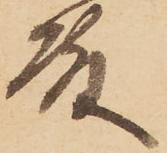
殿